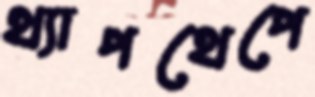
থ্যাপথেপে